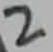
Text: 2